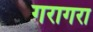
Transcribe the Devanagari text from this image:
गरागरा